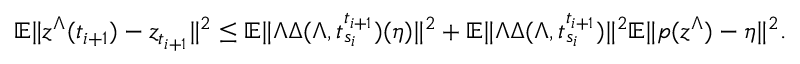
\begin{array} { r } { \mathbb { E } \| z ^ { \Lambda } ( t _ { i + 1 } ) - z _ { t _ { i + 1 } } \| ^ { 2 } \leq \mathbb { E } \| \Lambda \Delta ( \Lambda , t _ { s _ { i } } ^ { t _ { i + 1 } } ) ( \eta ) \| ^ { 2 } + \mathbb { E } \| \Lambda \Delta ( \Lambda , t _ { s _ { i } } ^ { t _ { i + 1 } } ) \| ^ { 2 } \mathbb { E } \| p ( z ^ { \Lambda } ) - \eta \| ^ { 2 } . } \end{array}